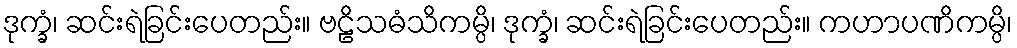
ဒုက္ခံ၊ ဆင်းရဲခြင်းပေတည်း။ ဗဠိသဓံသိကမ္ပိ၊ ဒုက္ခံ၊ ဆင်းရဲခြင်းပေတည်း။ ကဟာပဏိကမ္ပိ၊